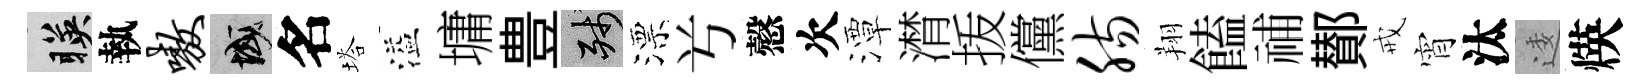
暎執嗷域名塔溢墉豊殘漂𠔃慤次潭潸㧞儻肠翔饁𥙷鄼戒宵汰逶煐